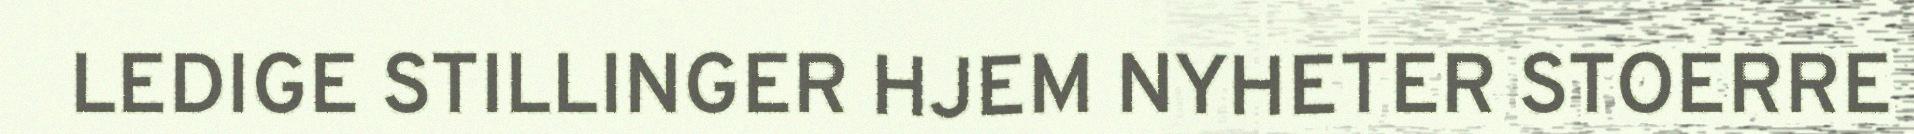
LEDIGE STILLINGER HJEM NYHETER STOERRE